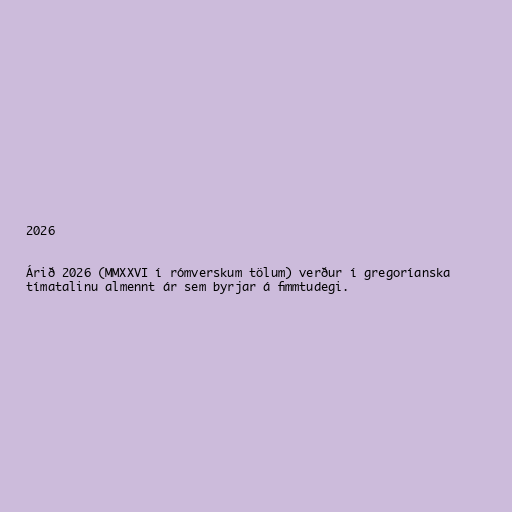
2026

Árið 2026 (MMXXVI í rómverskum tölum) verður í gregoríanska
tímatalinu almennt ár sem byrjar á fimmtudegi.